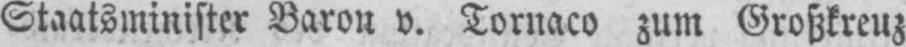
Staatsminister Baron v. Tornaco zum Großkreuz